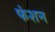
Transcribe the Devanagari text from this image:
फंशन